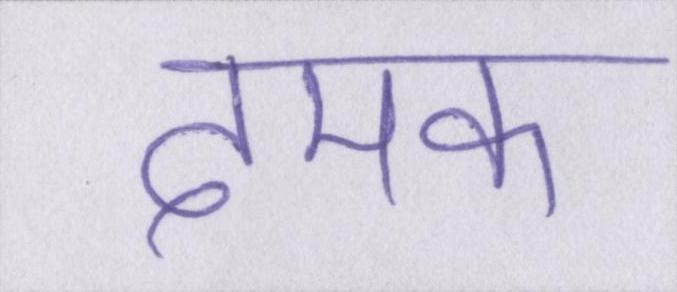
दमक